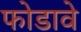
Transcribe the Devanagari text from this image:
फोडावे